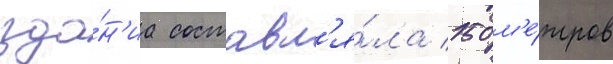
зда́н'иа составл'я́ла 150 м'е́тров